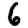
Digit: 6